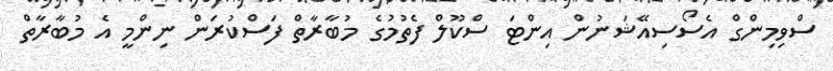
ސްވިމިންގް އެސޯސިއޭޝަނުން އިންޓަ ސްކޫލް ފެތުމުގެ މުބާރާތް ފަސްކުރަން ނިންމީ އެ މުބާރާތް